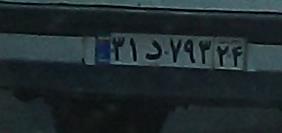
۳۱د۷۹۳۲۴